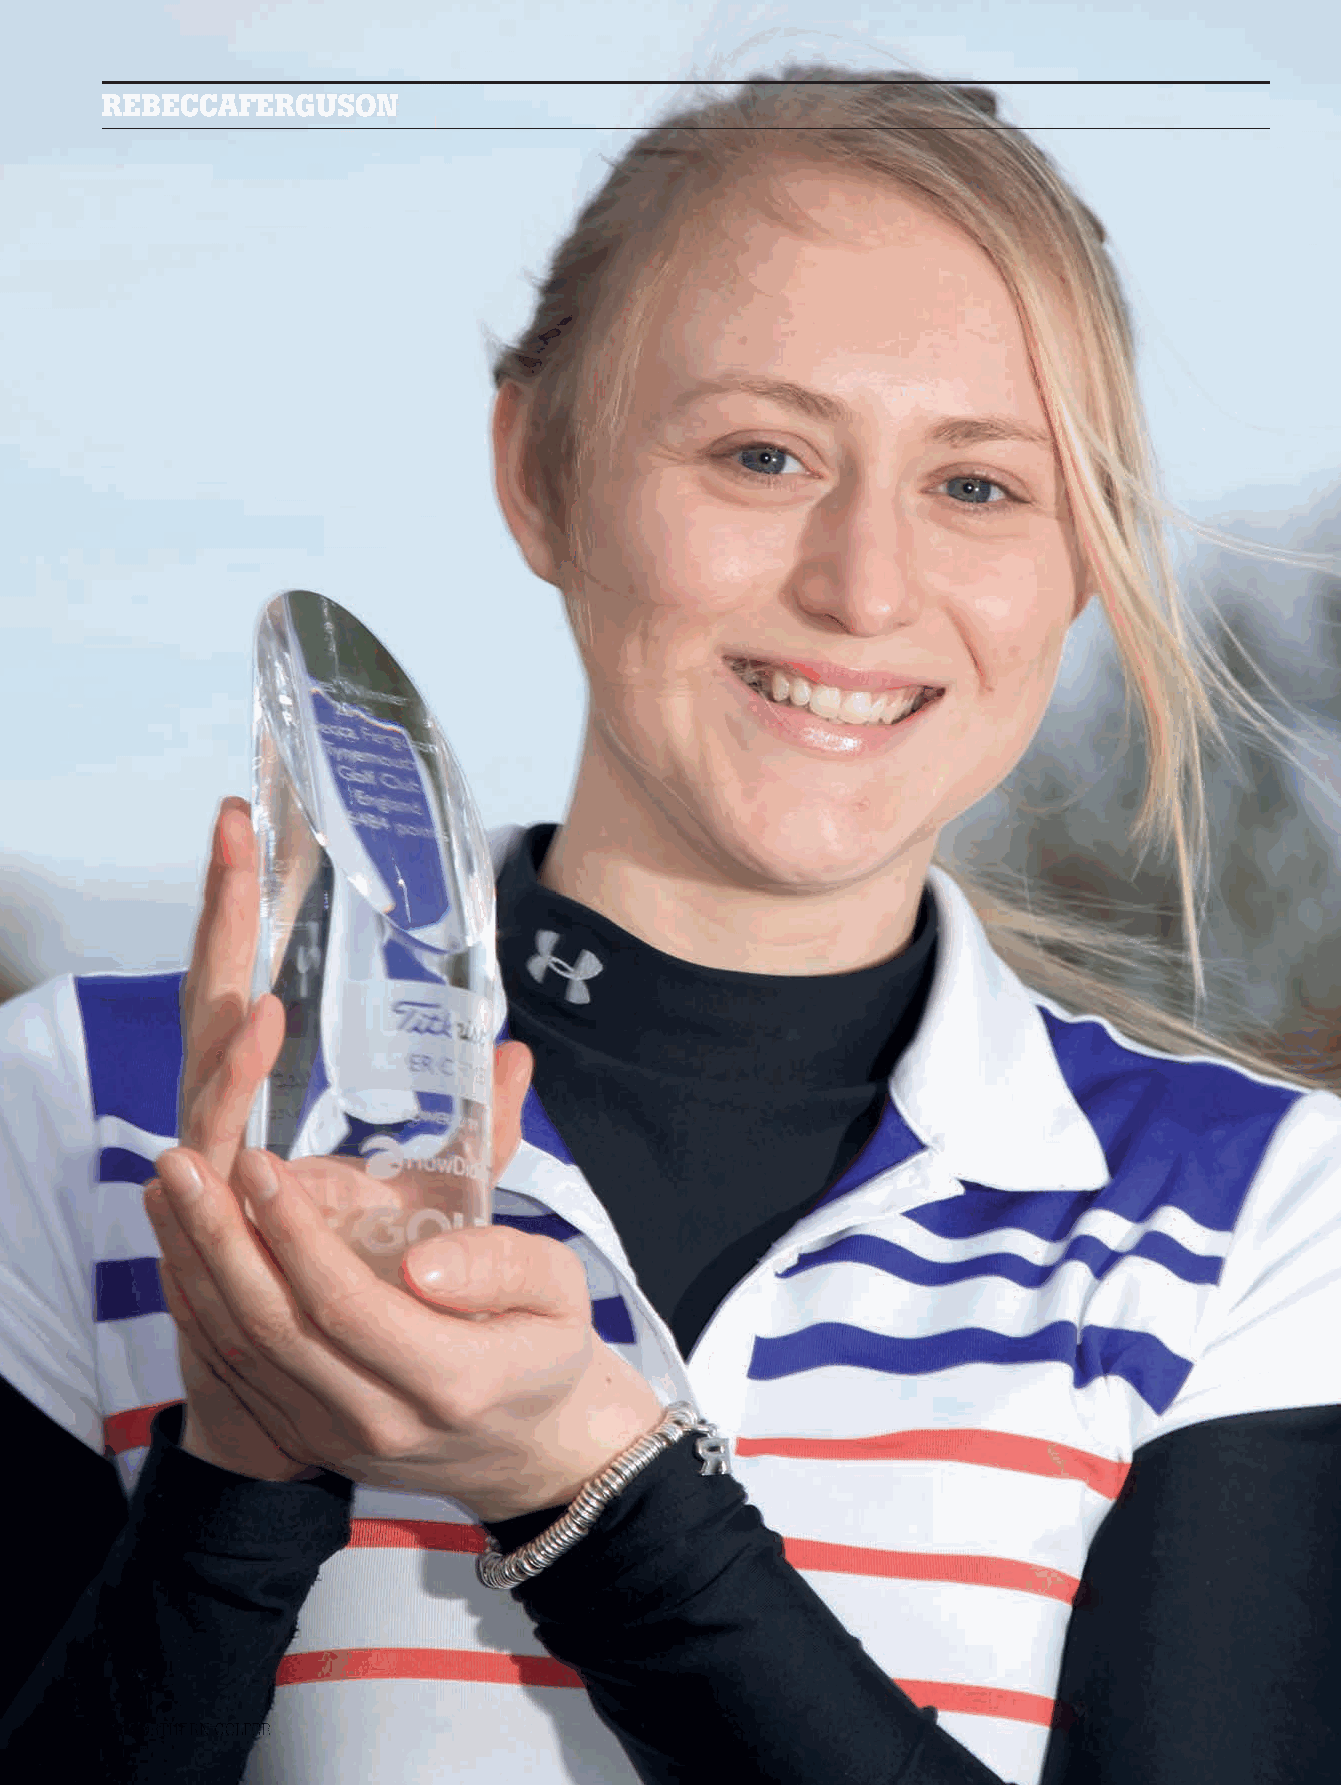
REBECCAFERGUSON
 28 NORTHERN GOLFER
 NG21.indb 28                                                                    10/02/2014 17:13